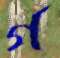
গ